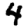
Digit: 4